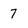
Character: 7